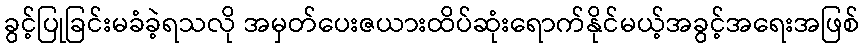
ခွင့်ပြုခြင်းမခံခဲ့ရသလို အမှတ်ပေးဇယားထိပ်ဆုံးရောက်နိုင်မယ့်အခွင့်အရေးအဖြစ်